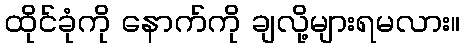
ထိုင်ခုံကို နောက်ကို ချလို့များရမလား။